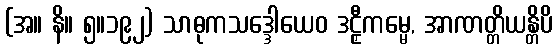
(အ။ နိ။ ၅။၁၉၂) သာဓုကသဒ္ဒေါယေဝ ဒဠှီကမ္မေ, အာဏတ္တိယန္တိပိ